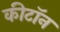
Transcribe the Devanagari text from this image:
कीटॉन